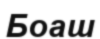
Боаш